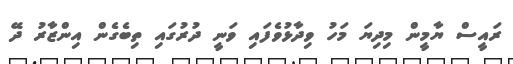
ރައީސް ޔާމީން މިދިޔަ މަހު ވިދާޅުވެފައި ވަނީ ދުރުގައި ތިބެގެން އިންޒާރު ދޭ